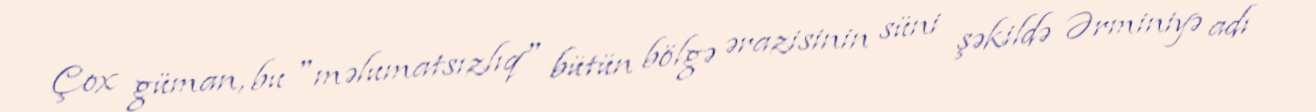
Çox güman, bu "məlumatsızlıq" bütün bölgə ərazisinin süni şəkildə Ərminiyə adı